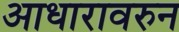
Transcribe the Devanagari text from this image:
आधारावरुन